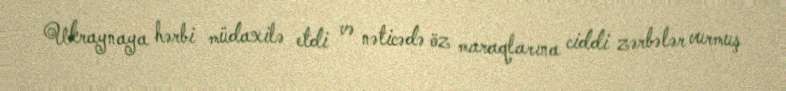
Ukraynaya hərbi müdaxilə etdi və nəticədə öz maraqlarına ciddi zərbələr vurmuş